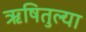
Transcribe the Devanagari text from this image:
ऋषितुल्या